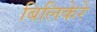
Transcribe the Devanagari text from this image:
बिलिकेरे